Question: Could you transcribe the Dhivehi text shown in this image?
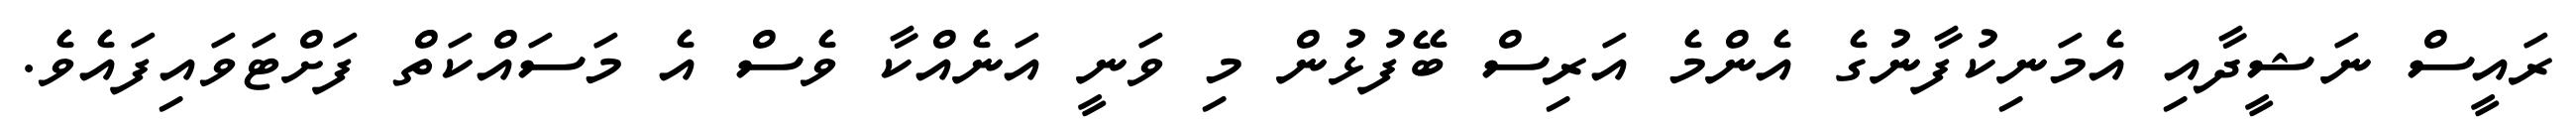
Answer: ރައީސް ނަޝީދާއި އެމަނިކުފާނުގެ އެންމެ އަރިސް ބޭފުޅުން މި ވަނީ އަނެއްކާ ވެސް އެ މަސައްކަތް ފަށްޓަވައިފައެވެ.